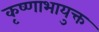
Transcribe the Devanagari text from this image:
कृष्णाभायुक्त